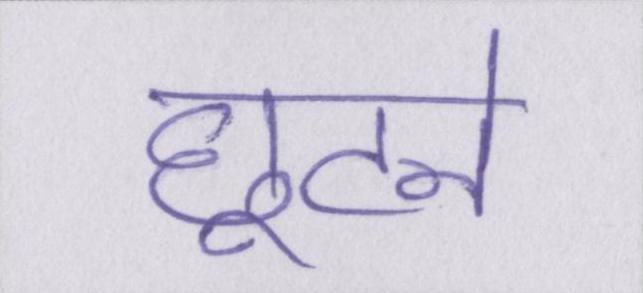
छूटने